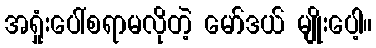
အရှုံးပေါ်စရာမလိုတဲ့ မော်ဒယ် မျိုးပေါ့။